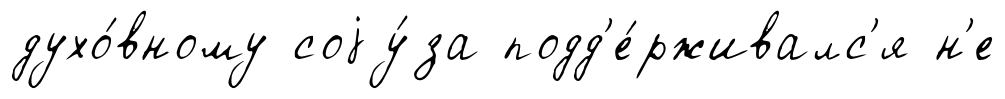
духо́вному соjу́за подд'е́рживалс'я н'е